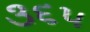
૩૬૫